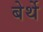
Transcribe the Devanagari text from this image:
बेर्थे